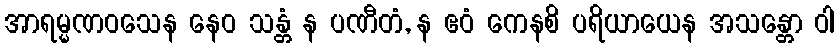
အာရမ္မဏဝသေန နေဝ သန္တံ န ပဏီတံ, န ဧဝံ ကေနစိ ပရိယာယေန အသန္တော ဝါ